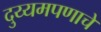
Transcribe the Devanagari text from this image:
दुय्यमपणाचे